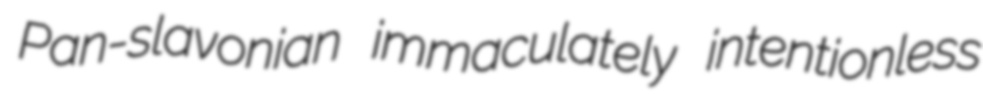
Pan-slavonian immaculately intentionless